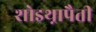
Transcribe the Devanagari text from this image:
शोइथ़्रापैती